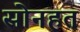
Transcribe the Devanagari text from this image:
सोनहत